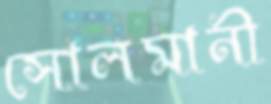
সোলমানী